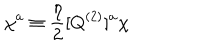
\chi ^ { a } \equiv { \frac { \eta } { 2 } } [ Q ^ { ( 2 ) } ] ^ { a } \chi